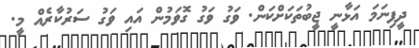
ދީފިނަމަ އަޅާނީ ޖީބުތަކަށްކަން. ވަގު ވަގު ގޮވަމުން އައި ވަގު ސަރުކާރެއް މީ.